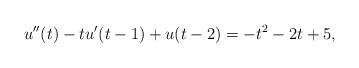
LaTeX: \begin{align*}u''(t) -tu'(t-1) +u(t-2) =-t^2 -2t + 5, \end{align*}